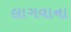
લાગવાના